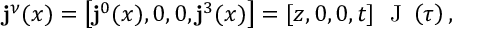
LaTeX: { \bf j } ^ { \nu } ( x ) = \left[ { \bf j } ^ { 0 } ( x ) , 0 , 0 , { \bf j } ^ { 3 } ( x ) \right] = [ z , 0 , 0 , t ] { \mathrm { \boldmath ~ \cal ~ J ~ } } \left( \tau \right) ,